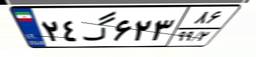
۲۴گ۶۲۳۸۶